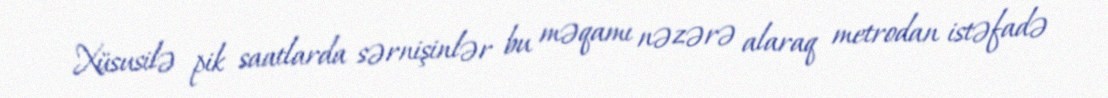
Xüsusilə pik saatlarda sərnişinlər bu məqamı nəzərə alaraq metrodan istəfadə